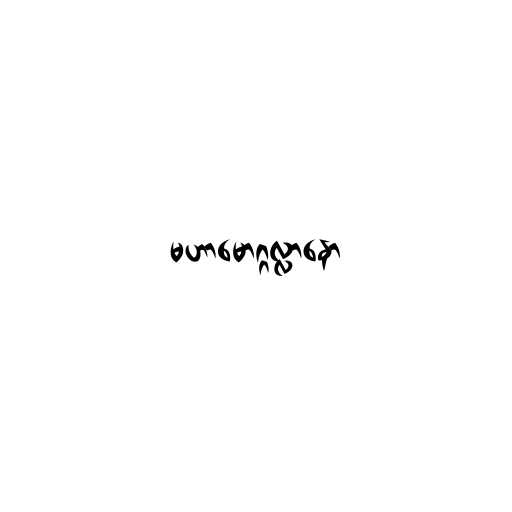
မဟာမောဂ္ဂလ္လာနော